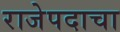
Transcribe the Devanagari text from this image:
राजेपदाचा